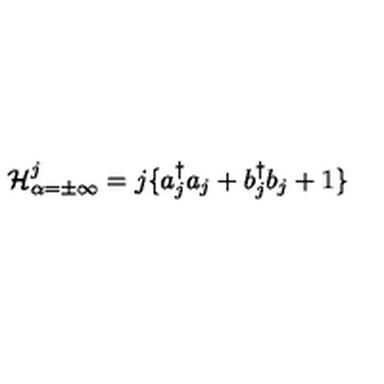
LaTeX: { \cal H } _ { \alpha = \pm \infty } ^ { j } = j \{ a _ { j } ^ { \dagger } a _ { j } + b _ { j } ^ { \dagger } b _ { j } + 1 \}